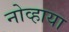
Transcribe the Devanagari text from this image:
नोव्हाया